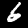
Digit: 6